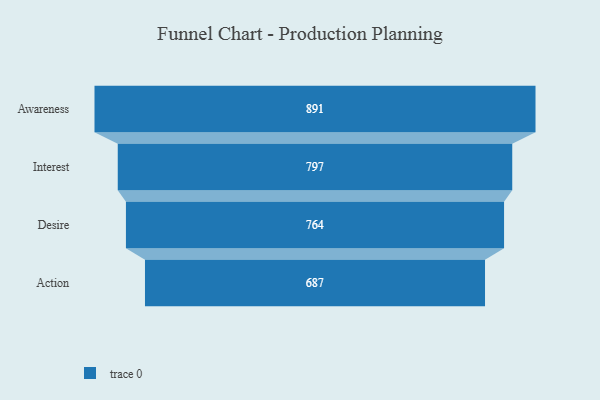
{"axis": {"x": "Stage", "y": "Value"}, "legend": [""], "data": [{"x": "Awareness", "y": 891.0, "type": ""}, {"x": "Interest", "y": 797.0, "type": ""}, {"x": "Desire", "y": 764.0, "type": ""}, {"x": "Action", "y": 687.0, "type": ""}]}